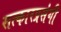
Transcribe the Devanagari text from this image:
सत्कारप्रसंगी